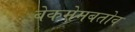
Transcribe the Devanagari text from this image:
बेकमेमबतोव